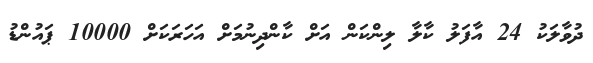
ދުވާލަކު 24 އާފަލު ކާލާ ލިންކަން އަށް ކާންދިނުމަށް އަހަރަކަށް 10000 ޕައުންޑު